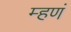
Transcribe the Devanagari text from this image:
म्हणं